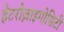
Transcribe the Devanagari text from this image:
हेटरोज़ाइगोसिटी